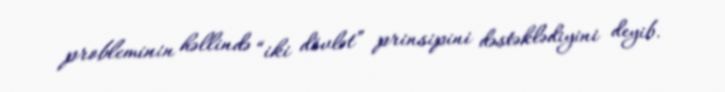
probleminin həllində “iki dövlət” prinsipini dəstəklədiyini deyib.